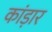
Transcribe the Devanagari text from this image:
कांड़ार